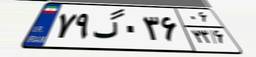
۷۹گ۰۳۶۰۶